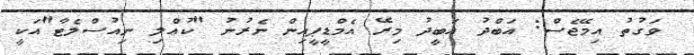
ވަގުތު އިމޭޖެސް: އަބްދު އަބީދު މިރޭ އެމްޑީޕީއިން ނެރުނު "ކުއްލި ނިއުސްލެޓާ"އަކީ